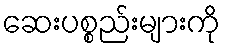
ဆေးပစ္စည်းများကို